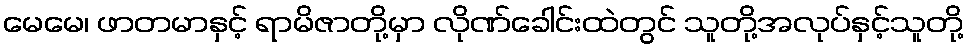
မေမေ၊ ဖာတမာနှင့် ရာမိဇာတို့မှာ လိုဏ်ခေါင်းထဲတွင် သူတို့အလုပ်နှင့်သူတို့